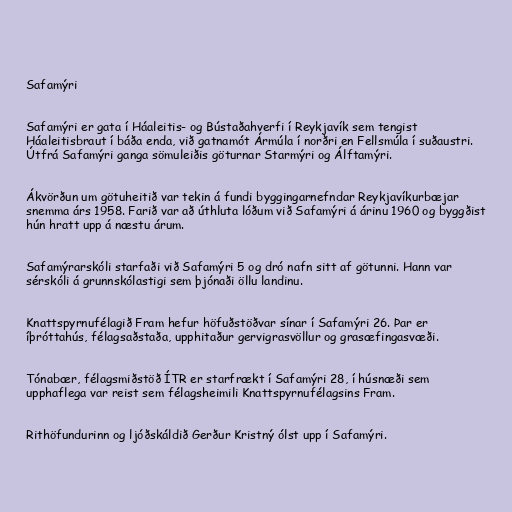
Safamýri

Safamýri er gata í Háaleitis- og Bústaðahverfi í Reykjavík sem tengist
Háaleitisbraut í báða enda, við gatnamót Ármúla í norðri en Fellsmúla í suðaustri.
Útfrá Safamýri ganga sömuleiðis göturnar Starmýri og Álftamýri.

Ákvörðun um götuheitið var tekin á fundi byggingarnefndar Reykjavíkurbæjar
snemma árs 1958. Farið var að úthluta lóðum við Safamýri á árinu 1960 og byggðist
hún hratt upp á næstu árum.

Safamýrarskóli starfaði við Safamýri 5 og dró nafn sitt af götunni. Hann var
sérskóli á grunnskólastigi sem þjónaði öllu landinu.

Knattspyrnufélagið Fram hefur höfuðstöðvar sínar í Safamýri 26. Þar er
íþróttahús, félagsaðstaða, upphitaður gervigrasvöllur og grasæfingasvæði.

Tónabær, félagsmiðstöð ÍTR er starfrækt í Safamýri 28, í húsnæði sem
upphaflega var reist sem félagsheimili Knattspyrnufélagsins Fram.

Rithöfundurinn og ljóðskáldið Gerður Kristný ólst upp í Safamýri.